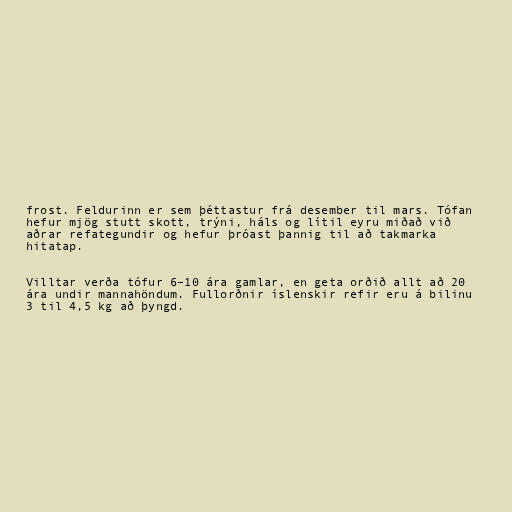
frost. Feldurinn er sem þéttastur frá desember til mars. Tófan
hefur mjög stutt skott, trýni, háls og lítil eyru miðað við
aðrar refategundir og hefur þróast þannig til að takmarka
hitatap.

Villtar verða tófur 6–10 ára gamlar, en geta orðið allt að 20
ára undir mannahöndum. Fullorðnir íslenskir refir eru á bilinu
3 til 4,5 kg að þyngd.